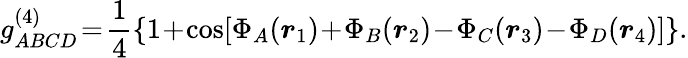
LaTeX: g_{ABCD}^{(4)}\! =\! \frac{1}{4}\left\{ 1\! +\! \cos[\Phi_{A}(\boldsymbol{r}_{1})\! +\! \Phi_{B}(\boldsymbol{r}_{2})\! -\! \Phi_{C}(\boldsymbol{r}_{3})\! -\! \Phi_{D}(\boldsymbol{r}_{4})]\right\} .